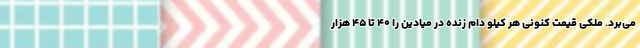
می‌برد. ملکی قیمت کنونی هر کیلو دام زنده در میادین را ۴۰ تا ۴۵ هزار